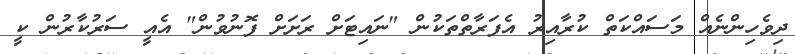
ދިވެހިންނެއް މަސައްކަތް ކުރާއިރު އެފަރާތްތަކުން "ނައިޓަށް ރަށަށް ފޮނުވުން" އެއީ ސަރުކާރުން ކީ